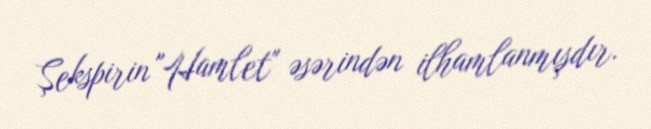
Şekspirin "Hamlet" əsərindən ilhamlanmışdır.